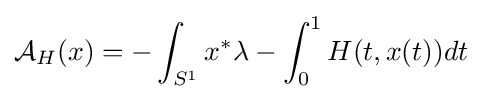
{\mathcal {A}}_{H}(x)=-\int _{S^{1}}x^{*}\lambda -\int _{0}^{1}H(t,x(t))dt